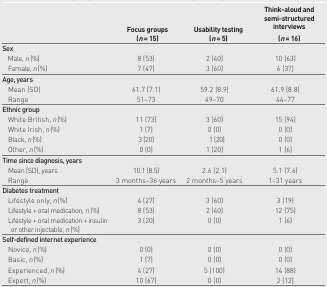
<table><thead><tr><td></td><td><b>Focus groups (<i>n</i>= 15)</b></td><td><b>Usability testing (<i>n</i>= 5)</b></td><td><b>Think-aloud and semi-structured interviews (<i>n</i>= 16)</b></td></tr></thead><tbody><tr><td><b>Sex</b></td><td></td><td></td><td></td></tr><tr><td>Male, <i>n</i> (%)</td><td>8 (53)</td><td>2 (40)</td><td>10 (63)</td></tr><tr><td>Female, <i>n</i> (%)</td><td>7 (47)</td><td>3 (60)</td><td>6 (37)</td></tr><tr><td><b>Age, years</b></td><td></td><td></td><td></td></tr><tr><td>Mean (SD)</td><td>61.7 (7.1)</td><td>59.2 (8.9)</td><td>61.9 (8.8)</td></tr><tr><td>Range</td><td>51–73</td><td>49–70</td><td>44–77</td></tr><tr><td><b>Ethnic group</b></td><td></td><td></td><td></td></tr><tr><td>White British, <i>n</i> (%)</td><td>11 (73)</td><td>3 (60)</td><td>15 (94)</td></tr><tr><td>White Irish, <i>n</i> (%)</td><td>1 (7)</td><td>0 (0)</td><td>0 (0)</td></tr><tr><td>Black, <i>n</i> (%)</td><td>3 (20)</td><td>1 (20)</td><td>0 (0)</td></tr><tr><td>Other, <i>n</i> (%)</td><td>0 (0)</td><td>1 (20)</td><td>1 (6)</td></tr><tr><td><b>Time since diagnosis, years</b></td><td></td><td></td><td></td></tr><tr><td>Mean (SD), years</td><td>10.1 (8.5)</td><td>2.6 (2.1)</td><td>5.1 (7.6)</td></tr><tr><td>Range</td><td>3 months–36 years</td><td>2 months–5 years</td><td>1–31 years</td></tr><tr><td><b>Diabetes treatment</b></td><td></td><td></td><td></td></tr><tr><td>Lifestyle only, <i>n</i> (%)</td><td>4 (27)</td><td>3 (60)</td><td>3 (19)</td></tr><tr><td>Lifestyle + oral medication, <i>n</i> (%)</td><td>8 (53)</td><td>2 (40)</td><td>12 (75)</td></tr><tr><td>Lifestyle + oral medication + insulin or other injectable, <i>n</i> (%)</td><td>3 (20)</td><td>0 (0)</td><td>1 (6)</td></tr><tr><td><b>Self-defined internet experience</b></td><td></td><td></td><td></td></tr><tr><td>Novice, <i>n</i> (%)</td><td>0 (0)</td><td>0 (0)</td><td>0 (0)</td></tr><tr><td>Basic, <i>n</i> (%)</td><td>1 (7)</td><td>0 (0)</td><td>0 (0)</td></tr><tr><td>Experienced, <i>n</i> (%)</td><td>4 (27)</td><td>5 (100)</td><td>14 (88)</td></tr><tr><td>Expert, <i>n</i> (%)</td><td>10 (67)</td><td>0 (0)</td><td>2 (12)</td></tr></tbody></table>